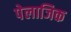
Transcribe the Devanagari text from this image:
पेलाजिक